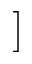
]